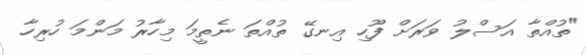
"ތުއްތާ އަސްލު ވަރަށް ފޫހި އިނގޭ ތުއްތަ ނެތީމަ މިހާރު މަންމަ ހުރިހާ